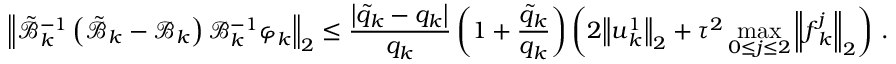
{ \left\| \tilde { \mathcal { B } } _ { k } ^ { - 1 } \left( \tilde { \mathcal { B } } _ { k } - \mathcal { B } _ { k } \right) \mathcal { B } _ { k } ^ { - 1 } { \boldsymbol { \varphi } } _ { k } \right\| } _ { 2 } \leq \frac { \left| { \tilde { q } } _ { k } - { q } _ { k } \right| } { { q } _ { k } } \left( 1 + \frac { { \tilde { q } } _ { k } } { { q } _ { k } } \right) \left( 2 { \left\| { \boldsymbol { u } } _ { k } ^ { 1 } \right\| } _ { 2 } + { \tau } ^ { 2 } \operatorname* { m a x } _ { 0 \leq j \leq 2 } { { \left\| { \boldsymbol { f } } _ { k } ^ { j } \right\| } _ { 2 } } \right) \, .